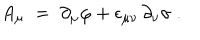
A _ { \mu } \; = \; \partial _ { \mu } \varphi + \epsilon _ { \mu \nu } \, \partial _ { \nu } \sigma \; .